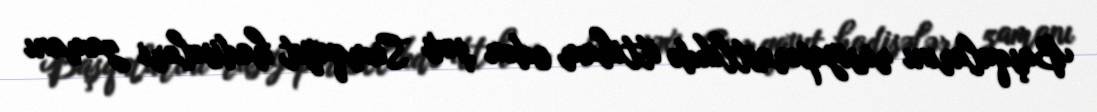
Başqalarını rusiyapərəstlikdə ittiham edən şəxs Sumqayıt hadisələri zamanı